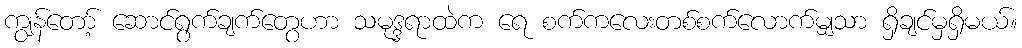
ကျွန်တော့် ဆောင်ရွက်ချက်တွေဟာ သမုဒ္ဒရာထဲက ရေ စက်ကလေးတစ်စက်လောက်မျှသာ ရှိချင်မှရှိမယ်။